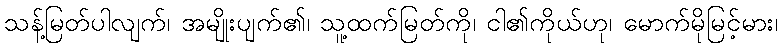
သန့်မြတ်ပါလျက်၊ အမျိုးပျက်၏၊ သူ့ထက်မြတ်ကို၊ ငါ၏ကိုယ်ဟု၊ မောက်မိုမြင့်မား၊